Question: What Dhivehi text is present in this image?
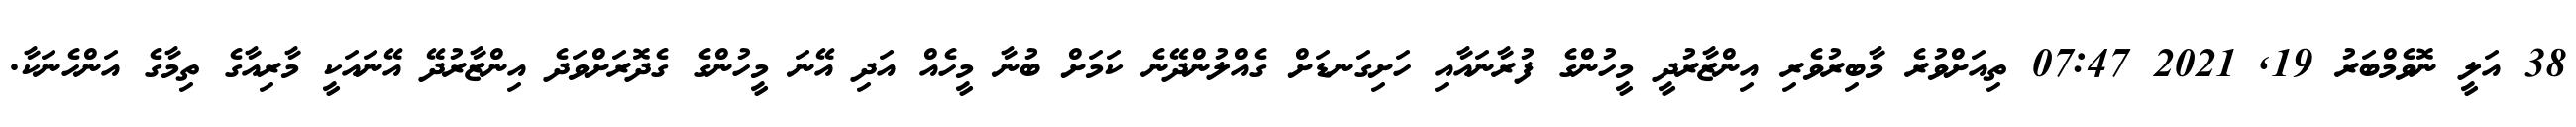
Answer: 38 އަލީ ނޮވެމްބަރު 19, 2021 07:47 ތިއަށްވުރެ މާބިރުވެރި އިންޒާރުދީ މީހުންގެ ފުރާނައާއި ހަށިގަނޑަށް ގެއްލުންދޭނެ ކަމަށް ބުނާ މީހެއް އަދި އޭނަ މީހުންގެ ގެދޮރަށްވަދެ އިންޒާރުދޭ އޭނައަކީ މާރިއާގެ ތިމާގެ އަންހެނަކާ.